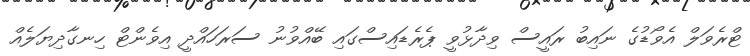
ޓްރެވަލް އެވޯޑުގެ ނައިބު ރައީސް ވިދާޅުވީ ޕެރެޑައިސްގައި ބޭއްވުނު ސަރަހައްދީ އިވެންޓް ހިނގާދިޔަލެއް